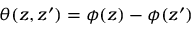
\theta ( z , z ^ { \prime } ) = \phi ( z ) - \phi ( z ^ { \prime } )